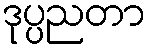
ဒုပ္ပညတာ